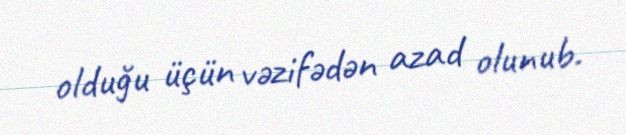
olduğu üçün vəzifədən azad olunub.